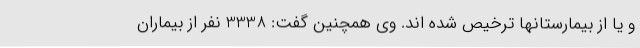
و یا از بیمارستانها ترخیص شده اند. وی همچنین گفت: 3338 نفر از بیماران